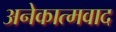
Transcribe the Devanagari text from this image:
अनेकात्मवाद